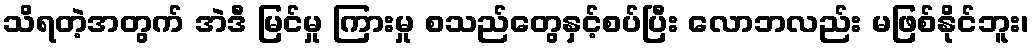
သိရတဲ့အတွက် အဲဒီ မြင်မှု ကြားမှု စသည်တွေနှင့်စပ်ပြီး လောဘလည်း မဖြစ်နိုင်ဘူး၊